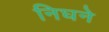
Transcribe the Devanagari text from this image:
निघने